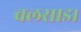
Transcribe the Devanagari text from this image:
वलसाड।